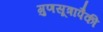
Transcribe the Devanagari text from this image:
गुणसूत्रापैकी